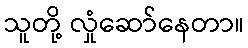
သူတို့ လှုံဆော်နေတာ။